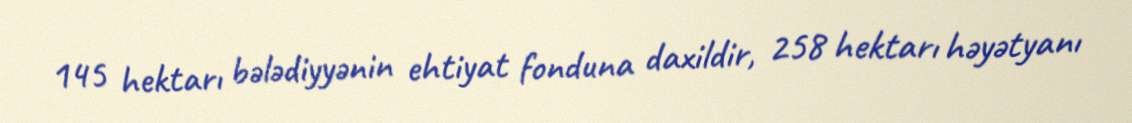
145 hektarı bələdiyyənin ehtiyat fonduna daxildir, 258 hektarı həyətyanı